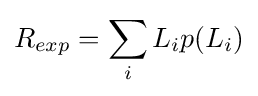
R_{exp}=\sum _{i}L_{i}p(L_{i})\,\!